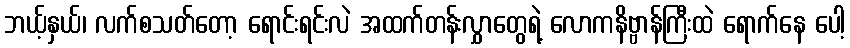
ဘယ့်နှယ်၊ လက်စသတ်တော့ ရောင်းရင်းလဲ အထက်တန်းလွှာတွေရဲ့ လောကနိဗ္ဗာန်ကြီးထဲ ရောက်နေ ပေါ့